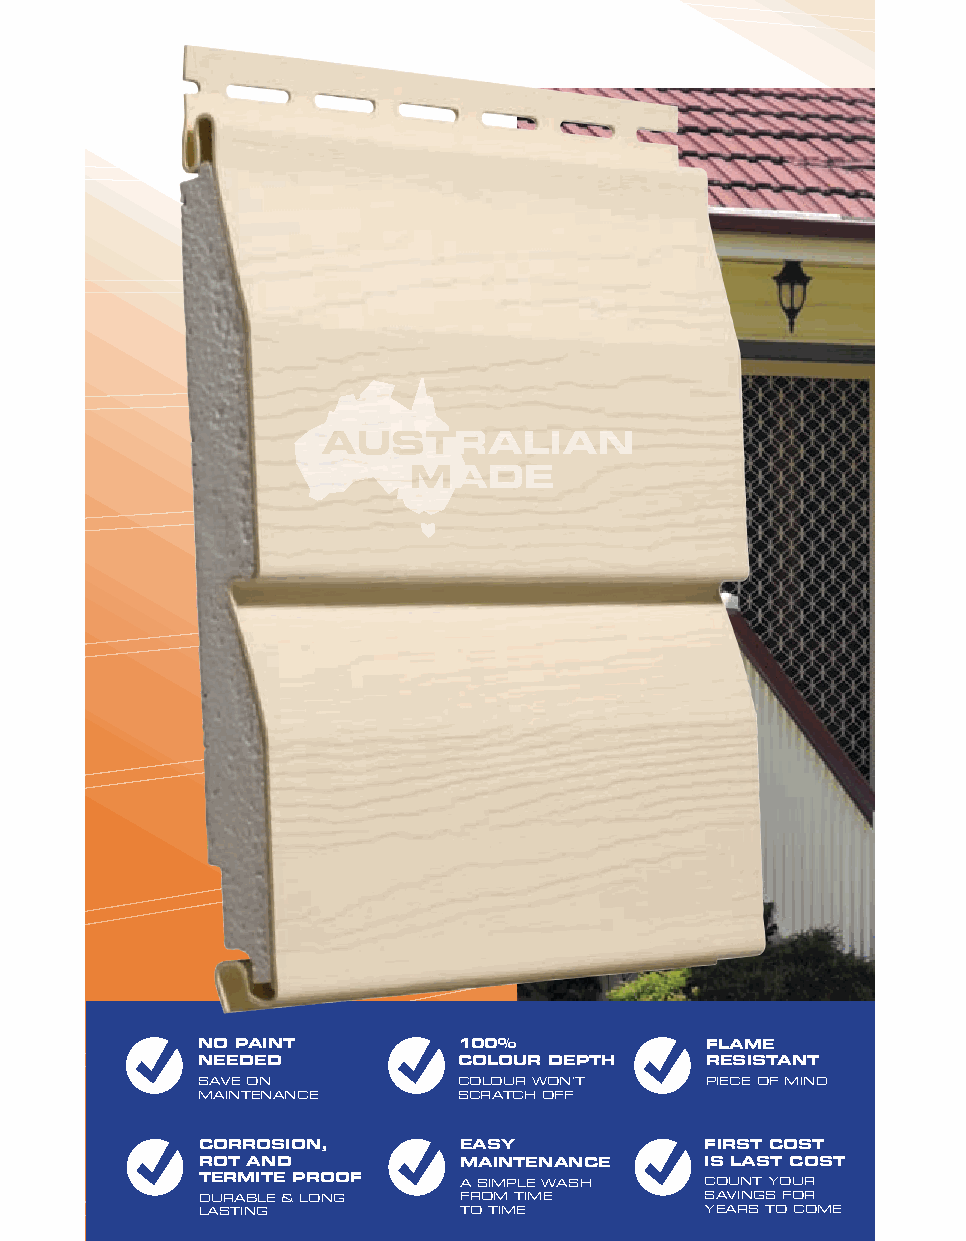
NO paINt         100%             FlamE
 NEEDED           cOlOUr DEpth     rEsIstaNt
 SAvE on          CoLour Won’t     PIECE of MInD
 MAIntEnAnCE      SCrAtCH off
 cOrrOsION,       Easy             FIrst cOst
 rOt aND          maINtENaNcE      Is last cOst
 tErmItE prOOF    A SIMPLE WASH    Count your
 DurAbLE & Long   froM tIME        SAvIngS for
 LAStIng          to tIME          yEArS to CoME